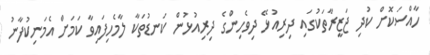
ހާއްސަކޮށް ކުދި ޖަޒީރާތަކުގައި ދިރިއުޅޭ ދިވެހިންގެ ދިރިއުޅުން ކަނޑުތަކާ ލާމެހިފައިވާ ކަމަށް އެމަނިކުފާނު